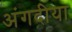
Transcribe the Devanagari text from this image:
अंगदीया